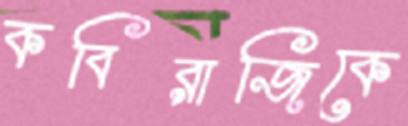
কবিরাজিকে